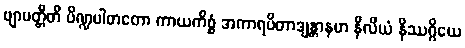
ဗျာပတ္တီတိ ပိဏ္ဍပါတတော ကာယကိစ္စံ အကာရပိတာဒျန္တာနမာ နီလိယံ နိဿဂ္ဂိယေ